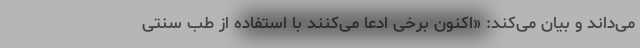
می‌داند و بیان می‌کند: «اکنون برخی ادعا می‌کنند با استفاده از طب سنتی